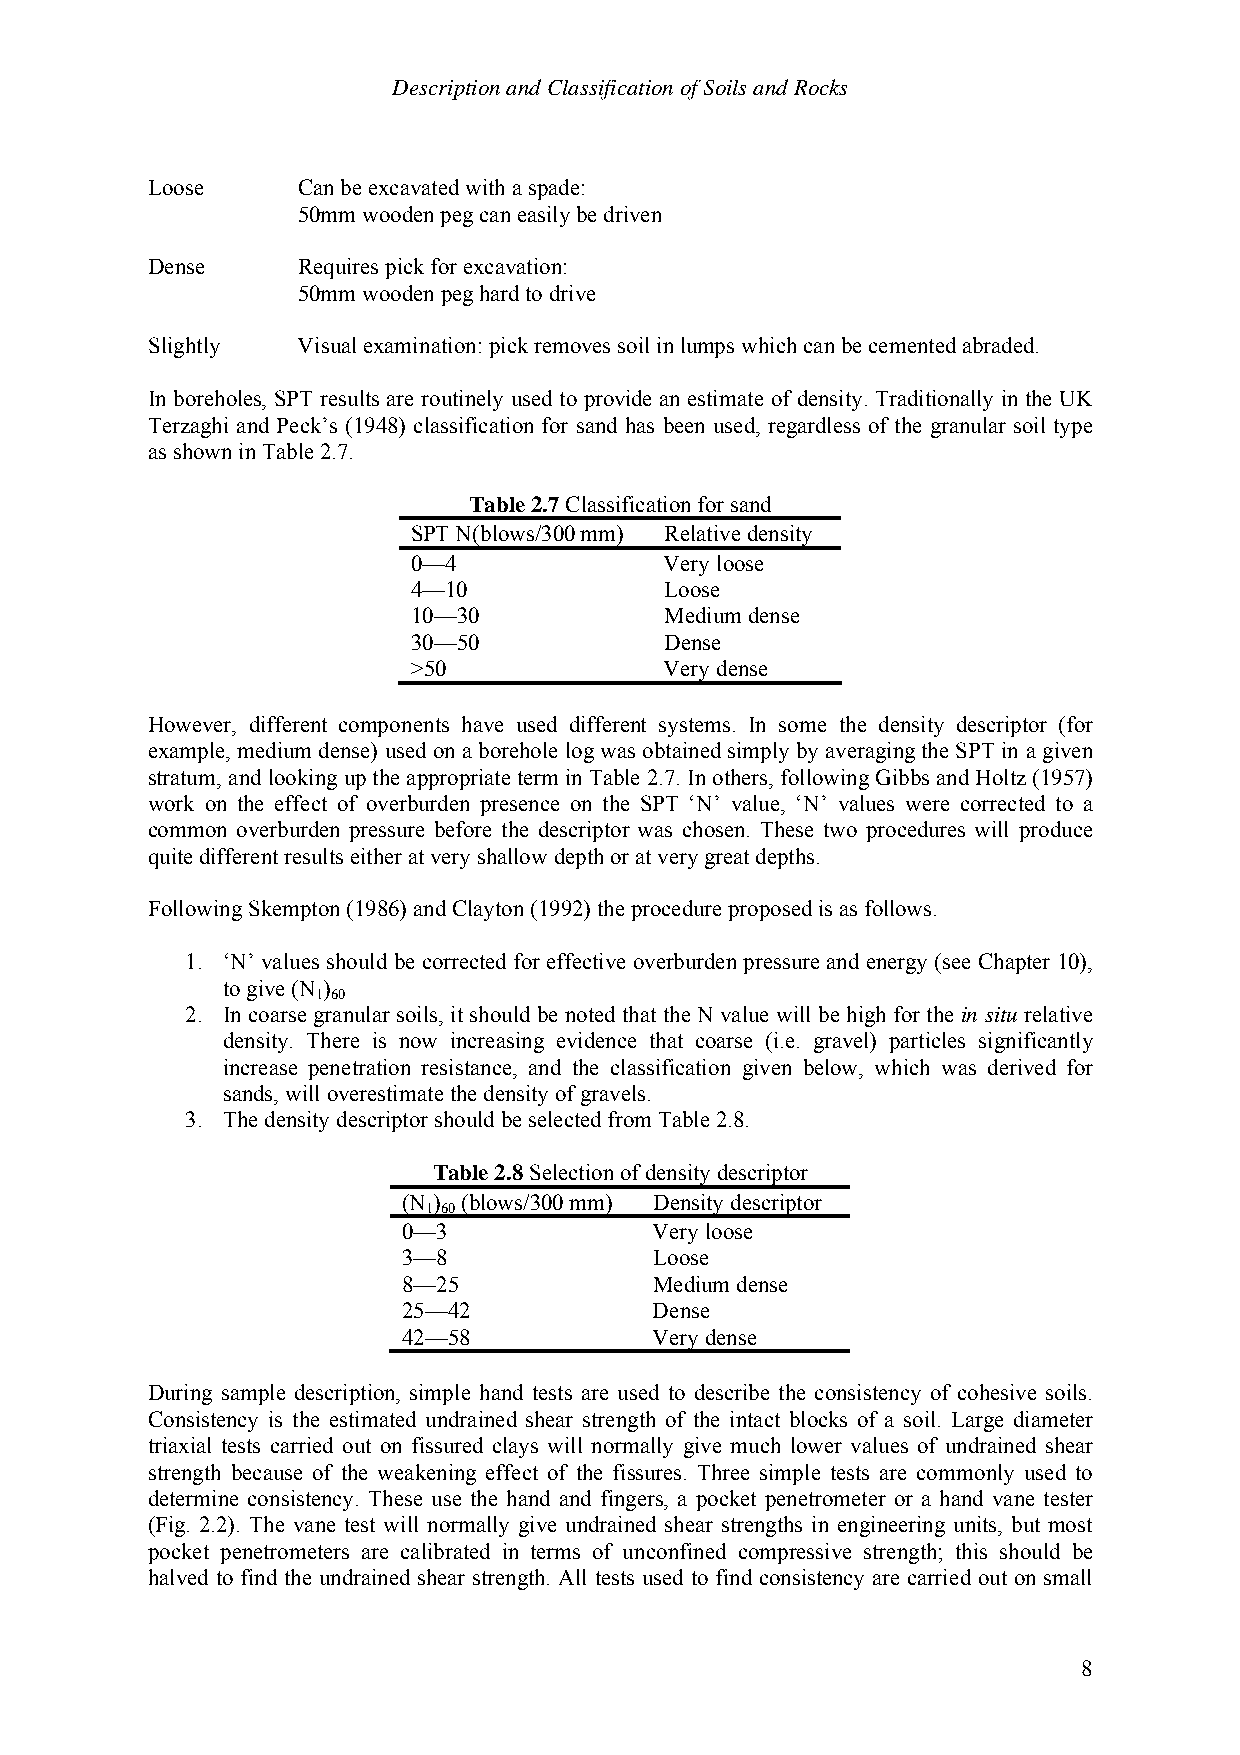
Description and Classification of Soils and Rocks
 Loose     Can be excavated with a spade:
 50mm wooden peg can easily be driven
 Dense     Requires pick for excavation:
 50mm wooden peg hard to drive
 Slightly  Visual examination: pick removes soil in lumps which can be cemented abraded.
 In boreholes, SPT results are routinely used to provide an estimate of density. Traditionally in the UK
 Terzaghi and Peck’s (1948) classification for sand has been used, regardless of the granular soil type
 as shown in Table 2.7.
 Table 2.7 Classification for sand
 SPT N(blows/300 mm) Relative density
 0—4              Very loose
 4—10             Loose
 10—30            Medium dense
 30—50            Dense
 >50              Very dense
 However, different components have used different systems. In some the density descriptor (for
 example, medium dense) used on a borehole log was obtained simply by averaging the SPT in a given
 stratum, and looking up the appropriate term in Table 2.7. In others, following Gibbs and Holtz (1957)
 work on the effect of overburden presence on the SPT ‘N’ value, ‘N’ values were corrected to a
 common overburden pressure before the descriptor was chosen. These two procedures will produce
 quite different results either at very shallow depth or at very great depths.
 Following Skempton (1986) and Clayton (1992) the procedure proposed is as follows.
 1. ‘N’ values should be corrected for effective overburden pressure and energy (see Chapter 10),
 to give (N )
 1 60
 2. In coarse granular soils, it should be noted that the N value will be high for the in situ relative
 density. There is now increasing evidence that coarse (i.e. gravel) particles significantly
 increase penetration resistance, and the classification given below, which was derived for
 sands, will overestimate the density of gravels.
 3. The density descriptor should be selected from Table 2.8.
 Table 2.8 Selection of density descriptor
 (N ) (blows/300 mm) Density descriptor
 1 60
 0—3             Very loose
 3—8             Loose
 8—25            Medium dense
 25—42           Dense
 42—58           Very dense
 During sample description, simple hand tests are used to describe the consistency of cohesive soils.
 Consistency is the estimated undrained shear strength of the intact blocks of a soil. Large diameter
 triaxial tests carried out on fissured clays will normally give much lower values of undrained shear
 strength because of the weakening effect of the fissures. Three simple tests are commonly used to
 determine consistency. These use the hand and fingers, a pocket penetrometer or a hand vane tester
 (Fig. 2.2). The vane test will normally give undrained shear strengths in engineering units, but most
 pocket penetrometers are calibrated in terms of unconfined compressive strength; this should be
 halved to find the undrained shear strength. All tests used to find consistency are carried out on small
 8